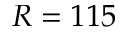
R = 1 1 5